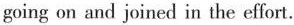
going on and joined in the effort.